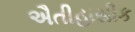
ઐતીહાસીક